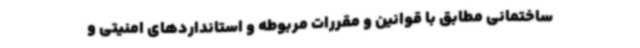
ساختمانی مطابق با قوانین و مقررات مربوطه و استانداردهای امنیتی و